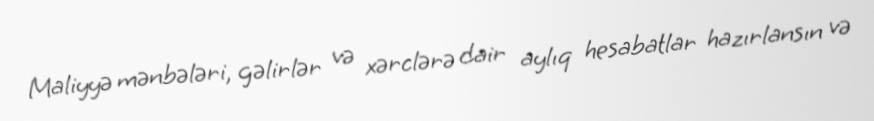
Maliyyə mənbələri, gəlirlər və xərclərə dair aylıq hesabatlar hazırlansın və